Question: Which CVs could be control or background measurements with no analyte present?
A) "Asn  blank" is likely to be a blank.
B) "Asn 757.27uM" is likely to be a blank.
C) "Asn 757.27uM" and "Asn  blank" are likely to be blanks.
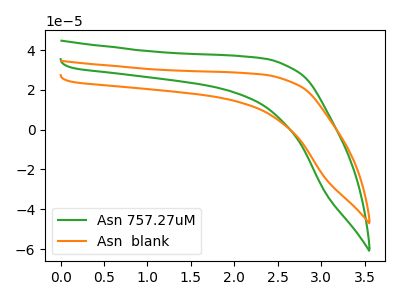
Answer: <think>The green curve "Asn 757.27uM" has no peaks. The orange curve "Asn  blank" has no peaks.</think>
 <answer>C) "Asn 757.27uM" and "Asn  blank" are likely to be blanks.</answer>
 <eval>C</eval>